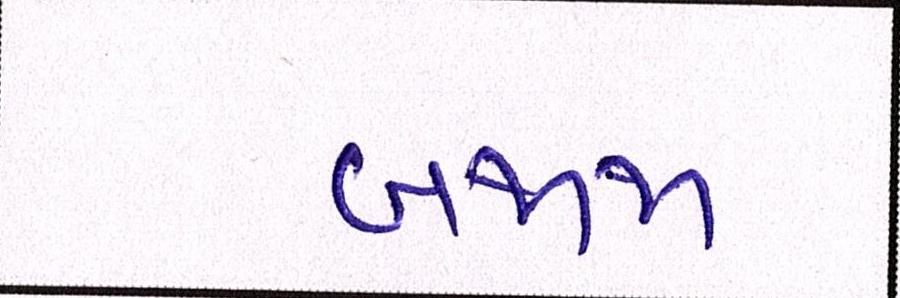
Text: બજાજ